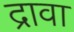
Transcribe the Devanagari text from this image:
द्रावा